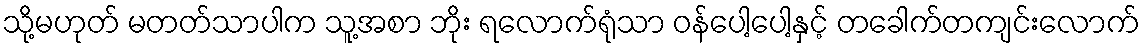
သို့မဟုတ် မတတ်သာပါက သူ့အစာ ဘိုး ရလောက်ရုံသာ ဝန်ပေါ့ပေါ့နှင့် တခေါက်တကျင်းလောက်